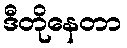
ဒီတိုနေတာ